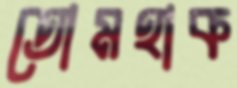
তোমহাক